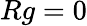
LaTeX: Rg=0